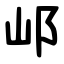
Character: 邖